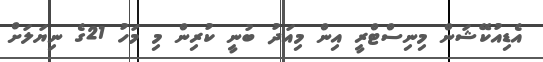
އެޑިއުކޭޝަން މިނިސްޓްރީ އިން މިއަދު ބުނީ ކުރިން މި މަހު 21ގެ ނިޔަލަށް